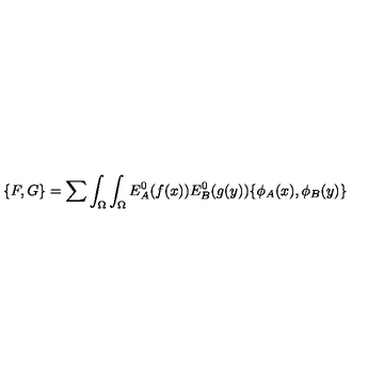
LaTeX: \{ F , G \} = \sum \int _ { \Omega } \int _ { \Omega } E _ { A } ^ { 0 } ( f ( x ) ) E _ { B } ^ { 0 } ( g ( y ) ) \{ \phi _ { A } ( x ) , \phi _ { B } ( y ) \}